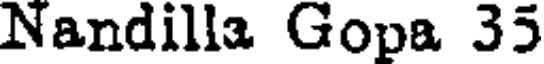
Nandilla Gopa 35